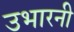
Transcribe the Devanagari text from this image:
उभारनी